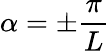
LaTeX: \alpha=\pm\frac{\pi}{L}